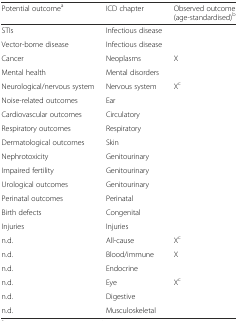
| Potential outcomea | ICD chapter | Observed outcome (age-standardised)b |
 | --- | --- | --- |
 | STIs | Infectious disease |  |
 | Vector-borne disease | Infectious disease |  |
 | Cancer | Neoplasms | X |
 | Mental health | Mental disorders |  |
 | Neurological/nervous system | Nervous system | Xc |
 | Noise-related outcomes | Ear |  |
 | Cardiovascular outcomes | Circulatory |  |
 | Respiratory outcomes | Respiratory |  |
 | Dermatological outcomes | Skin |  |
 | Nephrotoxicity | Genitourinary |  |
 | Impaired fertility | Genitourinary |  |
 | Urological outcomes | Genitourinary |  |
 | Perinatal outcomes | Perinatal |  |
 | Birth defects | Congenital |  |
 | Injuries | Injuries |  |
 | n.d. | All-cause | Xc |
 | n.d. | Blood/immune | X |
 | n.d. | Endocrine |  |
 | n.d. | Eye | Xc |
 | n.d. | Digestive |  |
 | n.d. | Musculoskeletal |  |